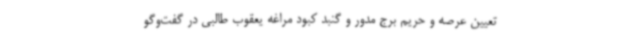
تعیین عرصه و حریم برج مدور و گنبد کبود مراغه یعقوب طالبی در گفت‌وگو